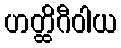
ဟတ္ထိဂီဝါယ